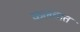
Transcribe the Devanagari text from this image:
कलचात